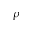
\rho